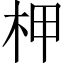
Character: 柙